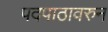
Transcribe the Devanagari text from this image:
पदपाठावरुन